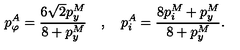
p _ { \varphi } ^ { A } = \frac { 6 \sqrt 2 p _ { y } ^ { M } } { 8 + p _ { y } ^ { M } } \quad , \quad p _ { i } ^ { A } = \frac { 8 p _ { i } ^ { M } + p _ { y } ^ { M } } { 8 + p _ { y } ^ { M } } .